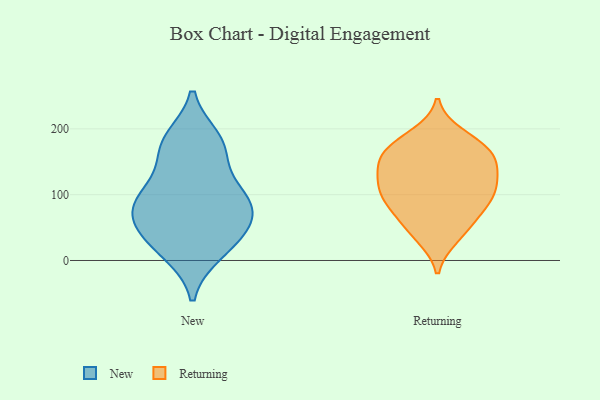
{"axis": {"x": "Revenue (USD Million)", "y": "Value"}, "legend": ["New", "Returning"], "data": [{"x": "", "y": 181, "type": "New"}, {"x": "", "y": 13, "type": "New"}, {"x": "", "y": 90, "type": "New"}, {"x": "", "y": 185, "type": "New"}, {"x": "", "y": 41, "type": "New"}, {"x": "", "y": 71, "type": "New"}, {"x": "", "y": 46, "type": "New"}, {"x": "", "y": 174, "type": "New"}, {"x": "", "y": 102, "type": "New"}, {"x": "", "y": 50, "type": "New"}, {"x": "", "y": 153, "type": "New"}, {"x": "", "y": 95, "type": "New"}, {"x": "", "y": 74, "type": "New"}, {"x": "", "y": 11, "type": "New"}, {"x": "", "y": 104, "type": "New"}, {"x": "", "y": 180, "type": "Returning"}, {"x": "", "y": 79, "type": "Returning"}, {"x": "", "y": 154, "type": "Returning"}, {"x": "", "y": 156, "type": "Returning"}, {"x": "", "y": 178, "type": "Returning"}, {"x": "", "y": 165, "type": "Returning"}, {"x": "", "y": 102, "type": "Returning"}, {"x": "", "y": 84, "type": "Returning"}, {"x": "", "y": 136, "type": "Returning"}, {"x": "", "y": 102, "type": "Returning"}, {"x": "", "y": 139, "type": "Returning"}, {"x": "", "y": 40, "type": "Returning"}, {"x": "", "y": 77, "type": "Returning"}, {"x": "", "y": 115, "type": "Returning"}, {"x": "", "y": 191, "type": "Returning"}, {"x": "", "y": 155, "type": "Returning"}, {"x": "", "y": 55, "type": "Returning"}, {"x": "", "y": 118, "type": "Returning"}, {"x": "", "y": 109, "type": "Returning"}, {"x": "", "y": 35, "type": "Returning"}]}